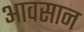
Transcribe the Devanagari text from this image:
आवसान